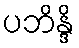
ပဘိန္ဒိ